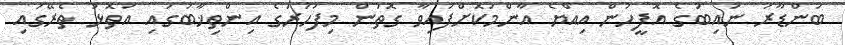
ބަންޑާރަ ނައިބުގެ އޮފީހުން އިއްޔެ އާންމުކޮށްފައިވާ ގޮތުން މިފަހަރުގެ އިންތިޚާބުގައި އަތޮޅު ތެރޭގައި